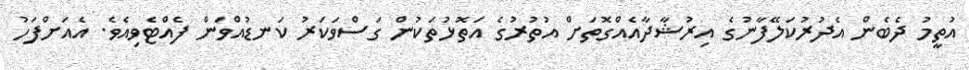
އުތީމު ދެބެން އެދުރުކަލޭފާނުގެ އިރުޝާދާއެއްގޮތަށް އުތުރުގެ އަތޮޅުތަކުން ގަސްވަކަރު ކަނޑުއްވަން ފެއްޓެވިއެވެ. އެއަށްފަހު